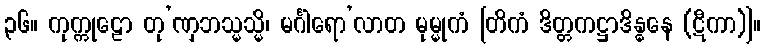
၃၆။ ကုက္ကုဠော တု’ဏှဘသ္မသ္မိ၊ မင်္ဂါရော’လာတ မုမ္မုကံ [တိကံ ဒိတ္တကဋ္ဌာဒိန္ဓနေ (ဋီကာ)]။